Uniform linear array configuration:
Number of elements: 24
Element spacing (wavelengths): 0.75
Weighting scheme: blackman
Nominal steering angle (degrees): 15
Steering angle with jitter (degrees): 14.173
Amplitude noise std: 0.05
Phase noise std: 0.05

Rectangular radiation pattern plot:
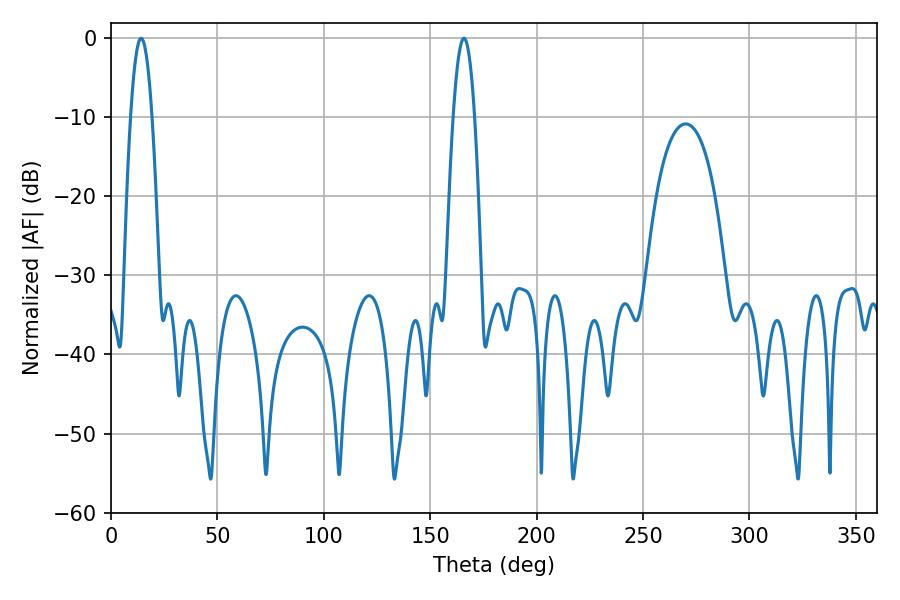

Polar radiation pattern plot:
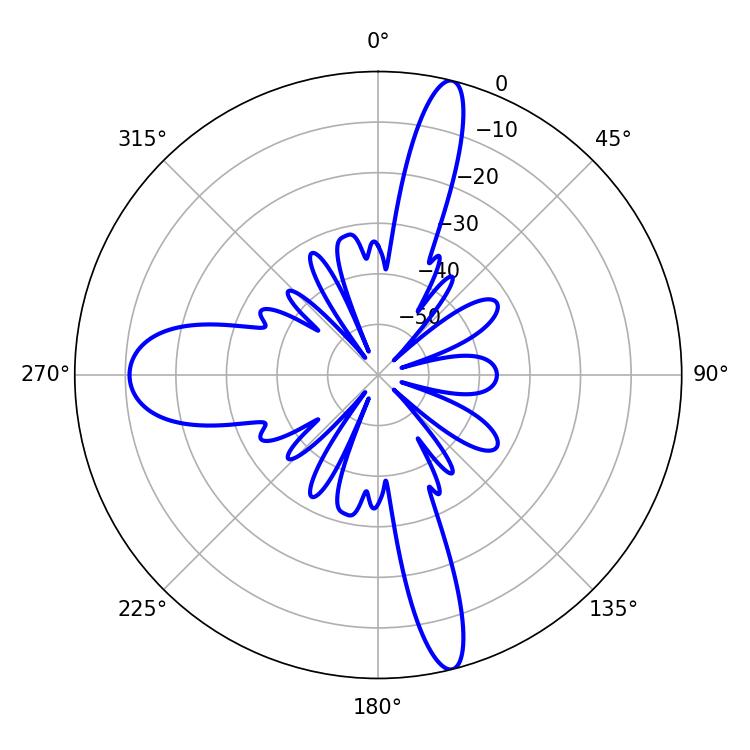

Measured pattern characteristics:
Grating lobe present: TRUE
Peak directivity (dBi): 18.807
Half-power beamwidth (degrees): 5.58
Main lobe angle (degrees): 14.22